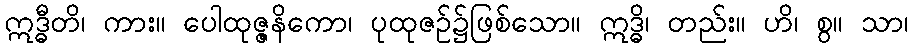
ဣဒ္ဓီတိ၊ ကား။ ပေါထုဇ္ဇနိကော၊ ပုထုဇဉ်၌ဖြစ်သော။ ဣဒ္ဓိ၊ တည်း။ ဟိ၊ စွ။ သာ၊